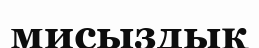
мисыздық